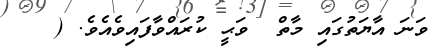
ވަނަ އާޔަތުގައި މާތް  ވަޙީ ކުރައްވާފައިވެއެވެ. (